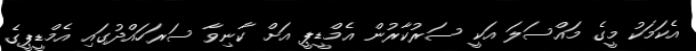
އެކަމަކު މީގެ މައްްސަލަ އަކީ ސަރުކާރުން އެމްޑީޕީ އަށް ކާނިވާ ސަރަހައްދުގައި އެމްޑީޕީގެ